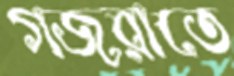
গজরাতে